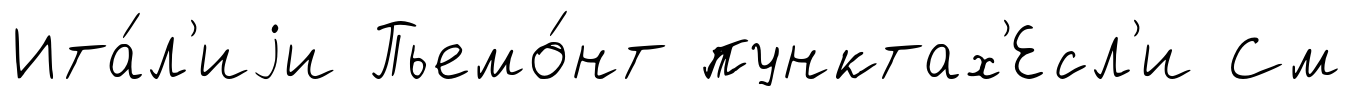
Ита́л'иjи Пьемо́нт пунктах'Есл'и См